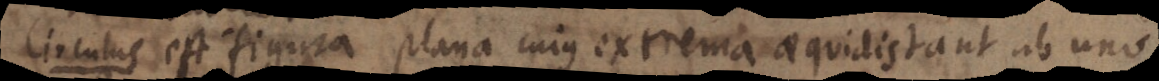
Circulus est figura plana cujus extrema aequidistant ab uno